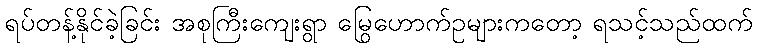
ရပ်တန့်နိုင်ခဲ့ခြင်း အစုကြီးကျေးရွာ မြွေဟောက်ဥများကတော့ ရသင့်သည်ထက်